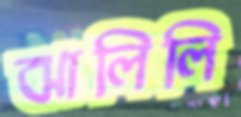
ঝালিলি